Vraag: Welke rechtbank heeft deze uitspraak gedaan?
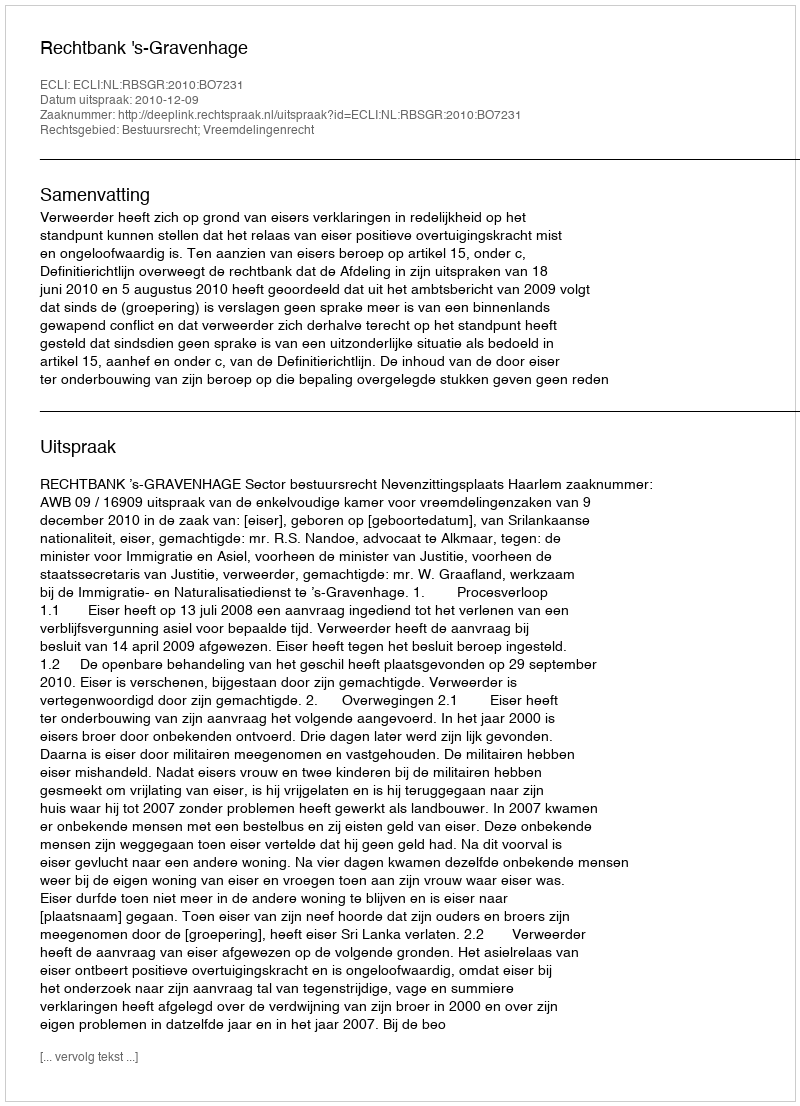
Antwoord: Rechtbank 's-Gravenhage